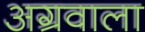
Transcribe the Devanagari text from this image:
अग्रवाला